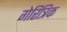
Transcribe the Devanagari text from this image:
गेरित्रिक